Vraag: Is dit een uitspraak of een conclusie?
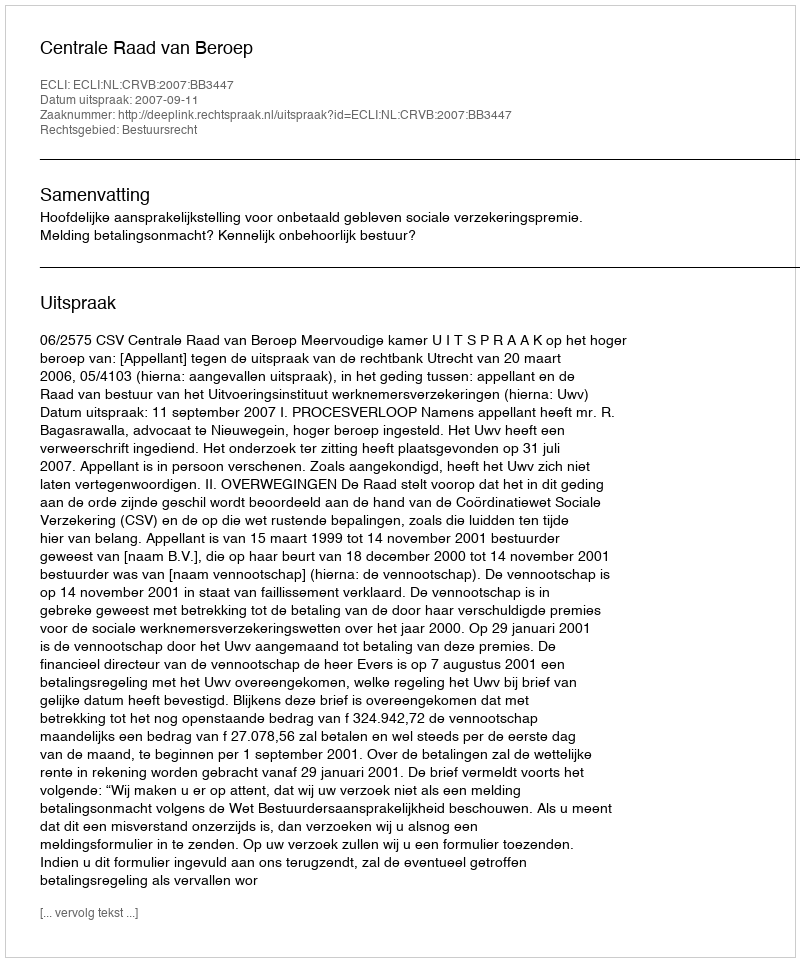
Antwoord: Uitspraak